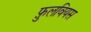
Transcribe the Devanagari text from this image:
फ़ुलवियस